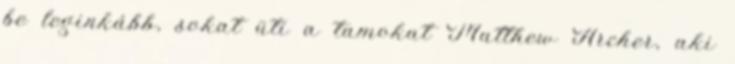
be leginkább, sokat üti a tamokat Matthew Archer, aki